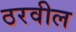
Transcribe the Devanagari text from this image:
ठरवील